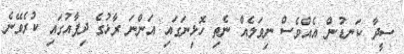
ސީދާ ކަނޑުން އެއްވެސް ނިވަލެއް ނެތި ހޮޅިނަގައި އަންނަ ރާޅުގެ ދިފާއުގައި ކުރެވޭނެ